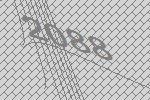
2088